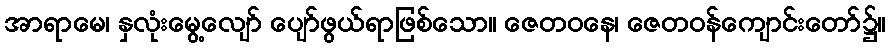
အာရာမေ၊ နှလုံးမွေ့လျော် ပျော်ဖွယ်ရာဖြစ်သော။ ဇေတဝနေ၊ ဇေတဝန်ကျောင်းတော်၌။